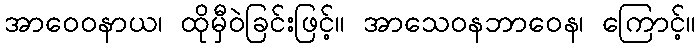
အာဝေဝနာယ၊ ထိုမှီဝဲခြင်းဖြင့်။ အာသေဝနဘာဝေန၊ ကြောင့်။